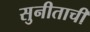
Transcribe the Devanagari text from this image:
सुनीताची